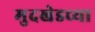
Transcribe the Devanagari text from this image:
मुदखेडच्या